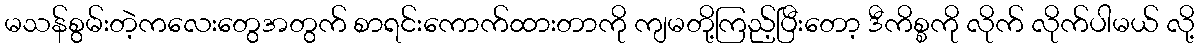
မသန်စွမ်းတဲ့ကလေးတွေအတွက် စာရင်းကောက်ထားတာကို ကျမတို့ကြည့်ပြီးတော့ ဒီကိစ္စကို လိုက် လိုက်ပါမယ် လို့